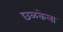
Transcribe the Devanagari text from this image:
छळकेला